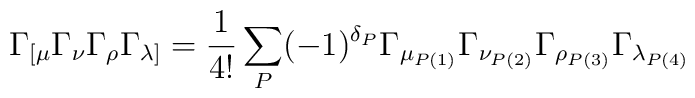
\Gamma_{[\mu}\Gamma_{\nu}\Gamma_{\rho}\Gamma_{\lambda]}=\frac{1}{4!}\sum_P(-1)^{\delta_P}\Gamma_{\mu_{P(1)}}\Gamma_{\nu_{P(2)}}\Gamma_{\rho_{P(3)}}\Gamma_{\lambda_{P(4)}}